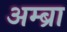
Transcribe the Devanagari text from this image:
अम्ब्रा